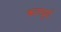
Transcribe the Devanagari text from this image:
कलचूर्य